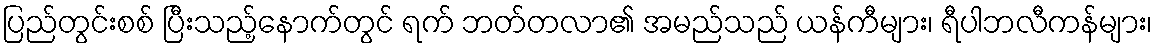
ပြည်တွင်းစစ် ပြီးသည့်နောက်တွင် ရက် ဘတ်တလာ၏ အမည်သည် ယန်ကီများ၊ ရီပါဘလီကန်များ၊